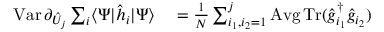
\begin{array} { r l } { \textstyle \operatorname { V a r } \partial _ { \hat { U } _ { j } } \sum _ { i } \langle \Psi | \hat { h } _ { i } | \Psi \rangle } & { { } \textstyle = \frac { 1 } { N } \sum _ { i _ { 1 } , i _ { 2 } = 1 } ^ { j } \operatorname { A v g } \operatorname { T r } ( \hat { g } _ { i _ { 1 } } ^ { \dag } \hat { g } _ { i _ { 2 } } ) } \end{array}